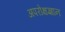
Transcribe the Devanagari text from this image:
अपरोक्षज्ञान